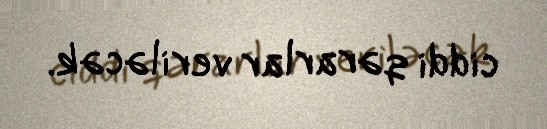
ciddi qərarlar veriləcək.